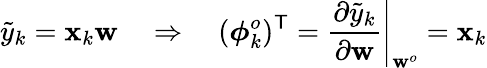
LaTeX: \tilde{y}_{k}=\mathbf{x}_{k}\mathbf{w}\quad\Rightarrow\quad(\boldsymbol{\phi}_{k}^{o})^{\sf T}=\left.\frac{\partial\tilde{y}_{k}}{\partial\mathbf{w}}\right|_{\mathbf{w}^{o}}=\mathbf{x}_{k}